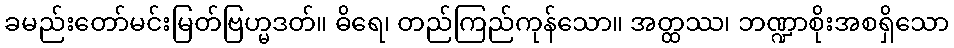
ခမည်းတော်မင်းမြတ်ဗြဟ္မဒတ်။ ဓိရေ၊ တည်ကြည်ကုန်သော။ အတ္ထဿ၊ ဘဏ္ဍာစိုးအစရှိသော